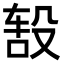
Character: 𬆦